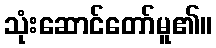
သုံးဆောင်တော်မူ၏။